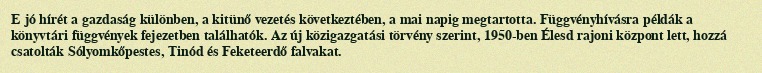
E jó hírét a gazdaság különben, a kitünő vezetés következtében, a mai napig megtartotta. Függvényhívásra példák a könyvtári függvények fejezetben találhatók. Az új közigazgatási törvény szerint, 1950-ben Élesd rajoni központ lett, hozzá csatolták Sólyomkőpestes, Tinód és Feketeerdő falvakat.